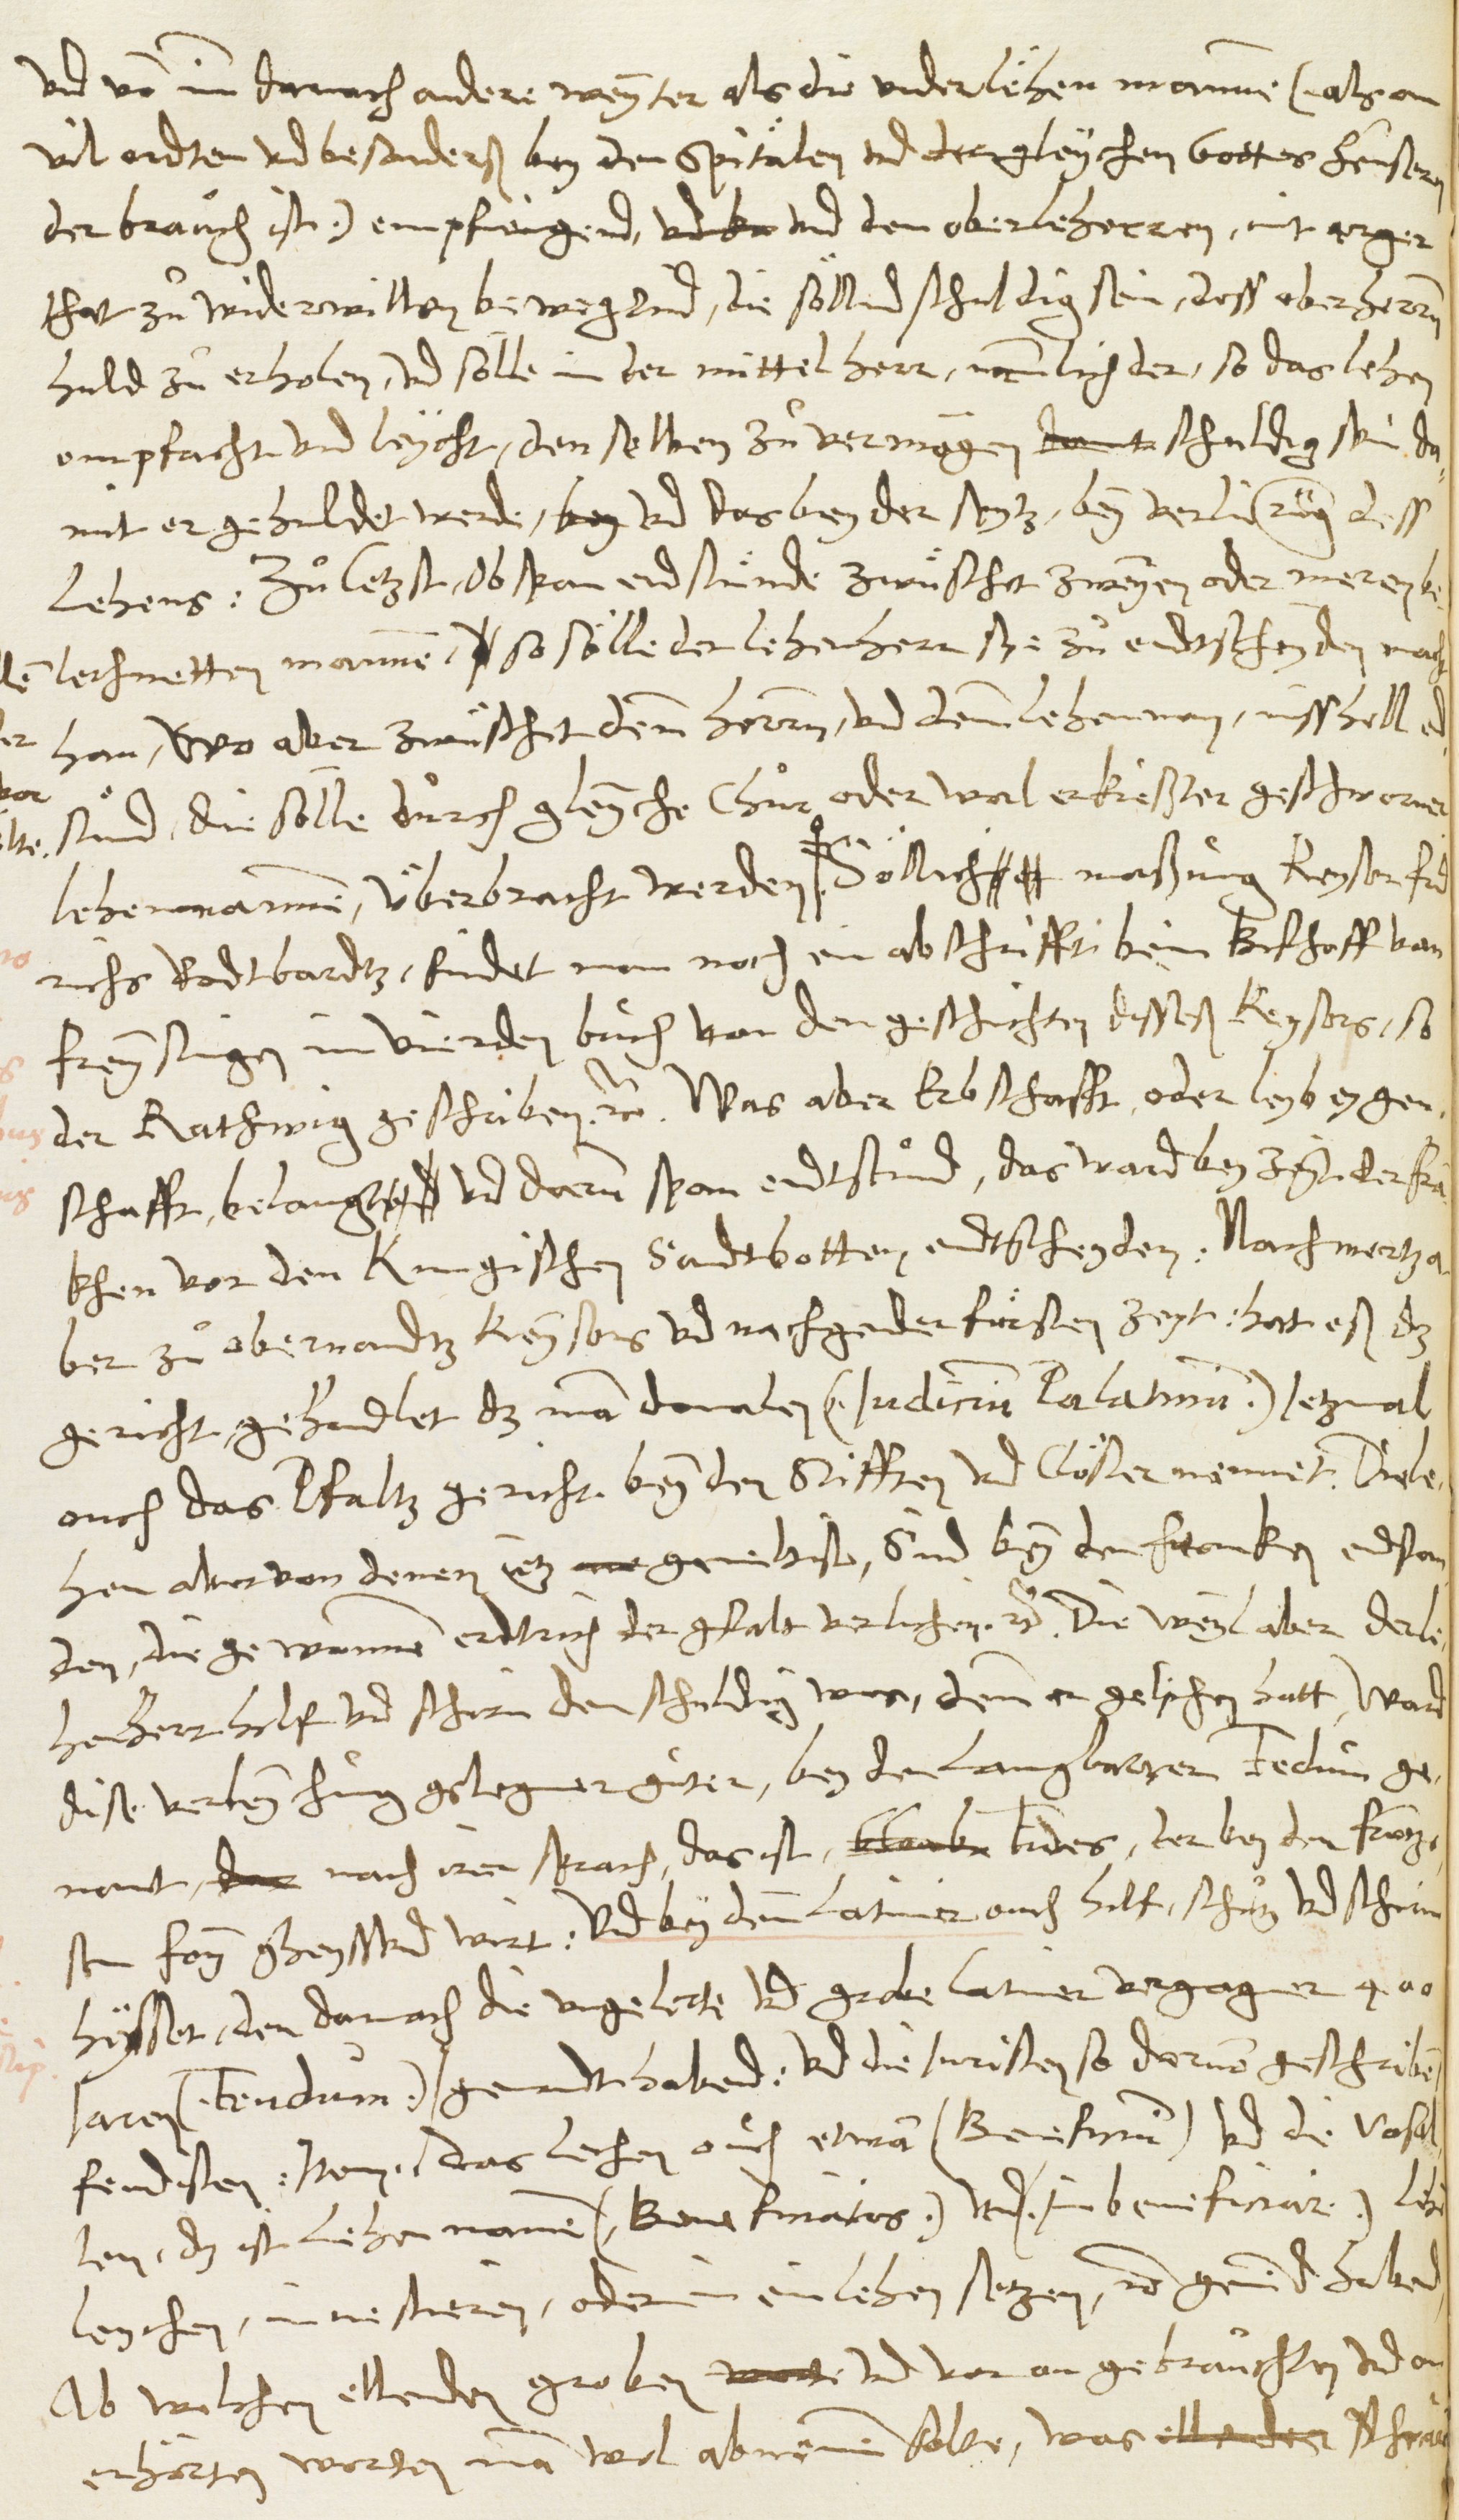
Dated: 1546–1546